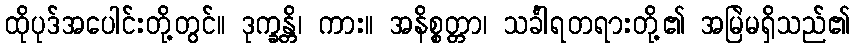
ထိုပုဒ်အပေါင်းတို့တွင်။ ဒုက္ခန္တိ၊ ကား။ အနိစ္စတ္တာ၊ သင်္ခါရတရားတို့၏ အမြဲမရှိသည်၏